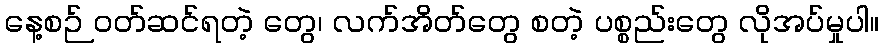
နေ့စဉ် ဝတ်ဆင်ရတဲ့ တွေ၊ လက်အိတ်တွေ စတဲ့ ပစ္စည်းတွေ လိုအပ်မှုပါ။